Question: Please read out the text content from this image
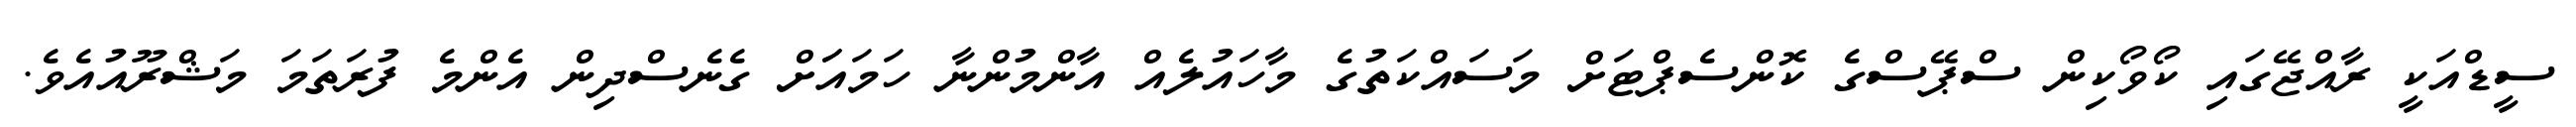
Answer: ސީޑްއަކީ ރާއްޖޭގައި ކޯވޯކިން ސްޕޭސްގެ ކޮންސެޕްޓަށް މަސައްކަތުގެ މާހައުލެއް އާންމުންނާ ހަމައަަށް ގެނެސްދިން އެންމެ ފުރަތަމަ މަޝްރޫއުއެވެ.